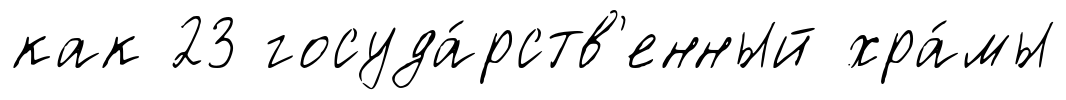
как 23 госуда́рств'енный хра́мы